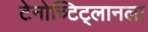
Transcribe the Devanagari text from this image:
टेनोच्टिट्लानला